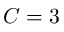
C = 3